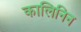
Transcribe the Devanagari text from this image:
कालिनिन